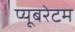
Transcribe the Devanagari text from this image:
प्यूबरेटम